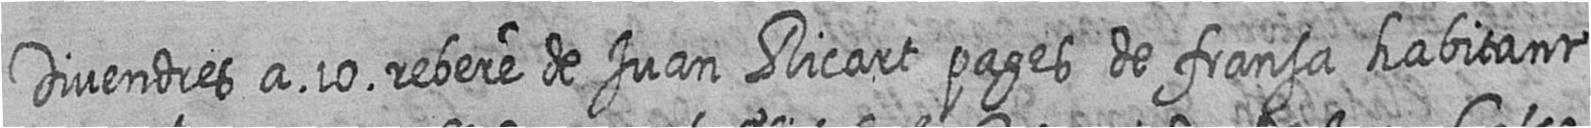
Divendres a 10 rebere de Juan Ricart pages de fransa habitant